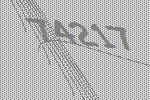
74217